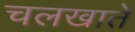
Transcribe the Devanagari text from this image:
चलखाते